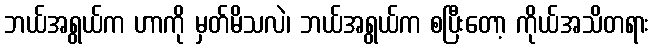
ဘယ်အရွယ်က ဟာကို မှတ်မိသလဲ၊ ဘယ်အရွယ်က စပြီးတော့ ကိုယ်အသိတရား